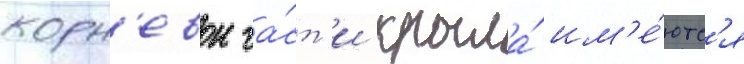
корн'евои ча́ст'и крыла́ им'е́ютс'я